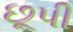
છૂપી